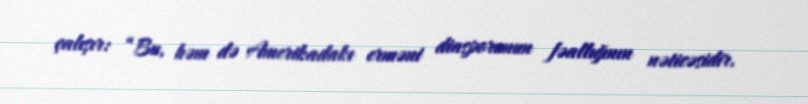
çalışır: “Bu, həm də Amerikadakı erməni diasporunun fəallığının nəticəsidir.